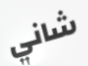
شاني